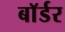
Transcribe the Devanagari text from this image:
बाॅर्डर